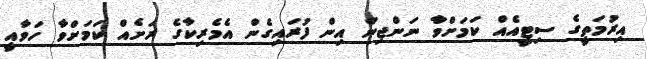
އިރުމަތީގެ ސިޓީއެއް ކަމަށްވާ ނަންޖިން އިން ފުރައިގެން އެމެރިކާގެ ރަށެއް ކަމަށްވާ ހަވާއީ